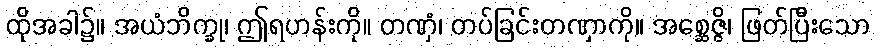
ထိုအခါ၌။ အယံဘိက္ခု၊ ဤရဟန်းကို။ တဏှံ၊ တပ်ခြင်းတဏှာကို။ အစ္ဆေဇ္ဇိ၊ ဖြတ်ပြီးသော